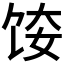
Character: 𫗤